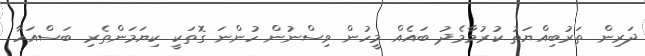
ދަރިން ތަރުބިއްޔަތު ކުރުމާމެދު ބައެއް މީހުން ވިސްނުން ހުންނަ ގޮތަކީ ކިޔަމަންތެރި ބަސްއަހާ